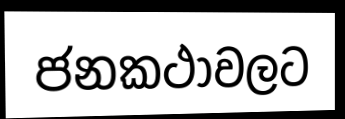
ජනකථාවලට